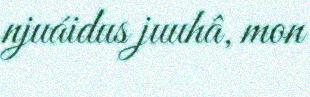
njuáidus juuhâ, mon